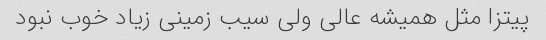
پیتزا مثل همیشه عالی ولی سیب زمینی زیاد خوب نبود